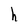
Character: h